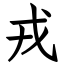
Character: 戎